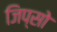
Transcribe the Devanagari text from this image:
जिप्सो